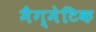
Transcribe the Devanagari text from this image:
मैग्मेटिक